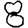
Digit: 8